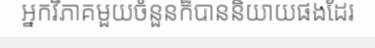
អ្នកវិភាគមួយចំនួនក៏បាននិយាយផងដែរ